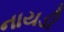
નાયડી